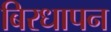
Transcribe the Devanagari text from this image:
बिरधापन